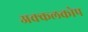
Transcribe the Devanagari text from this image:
अक्कलकोप